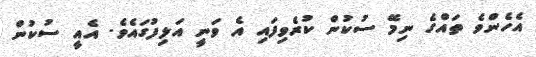
އެހެންވެ ތައްގެ ނިމޭ ސުކުން ކުރެވިފައި އެ ވަނީ އަލިފުގައެވެ. އެއީ ސުކުން